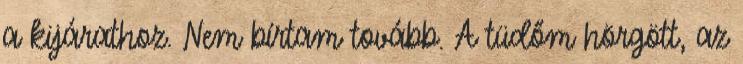
a kijárathoz. Nem bírtam tovább. A tüdőm hörgött, az